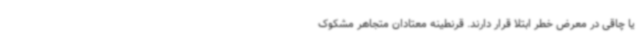
یا چاقی در معرض خطر ابتلا قرار دارند. قرنطینه معتادان متجاهر مشکوک